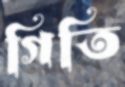
গিতি